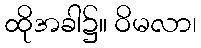
ထိုအခါ၌။ ဝိမလာ၊